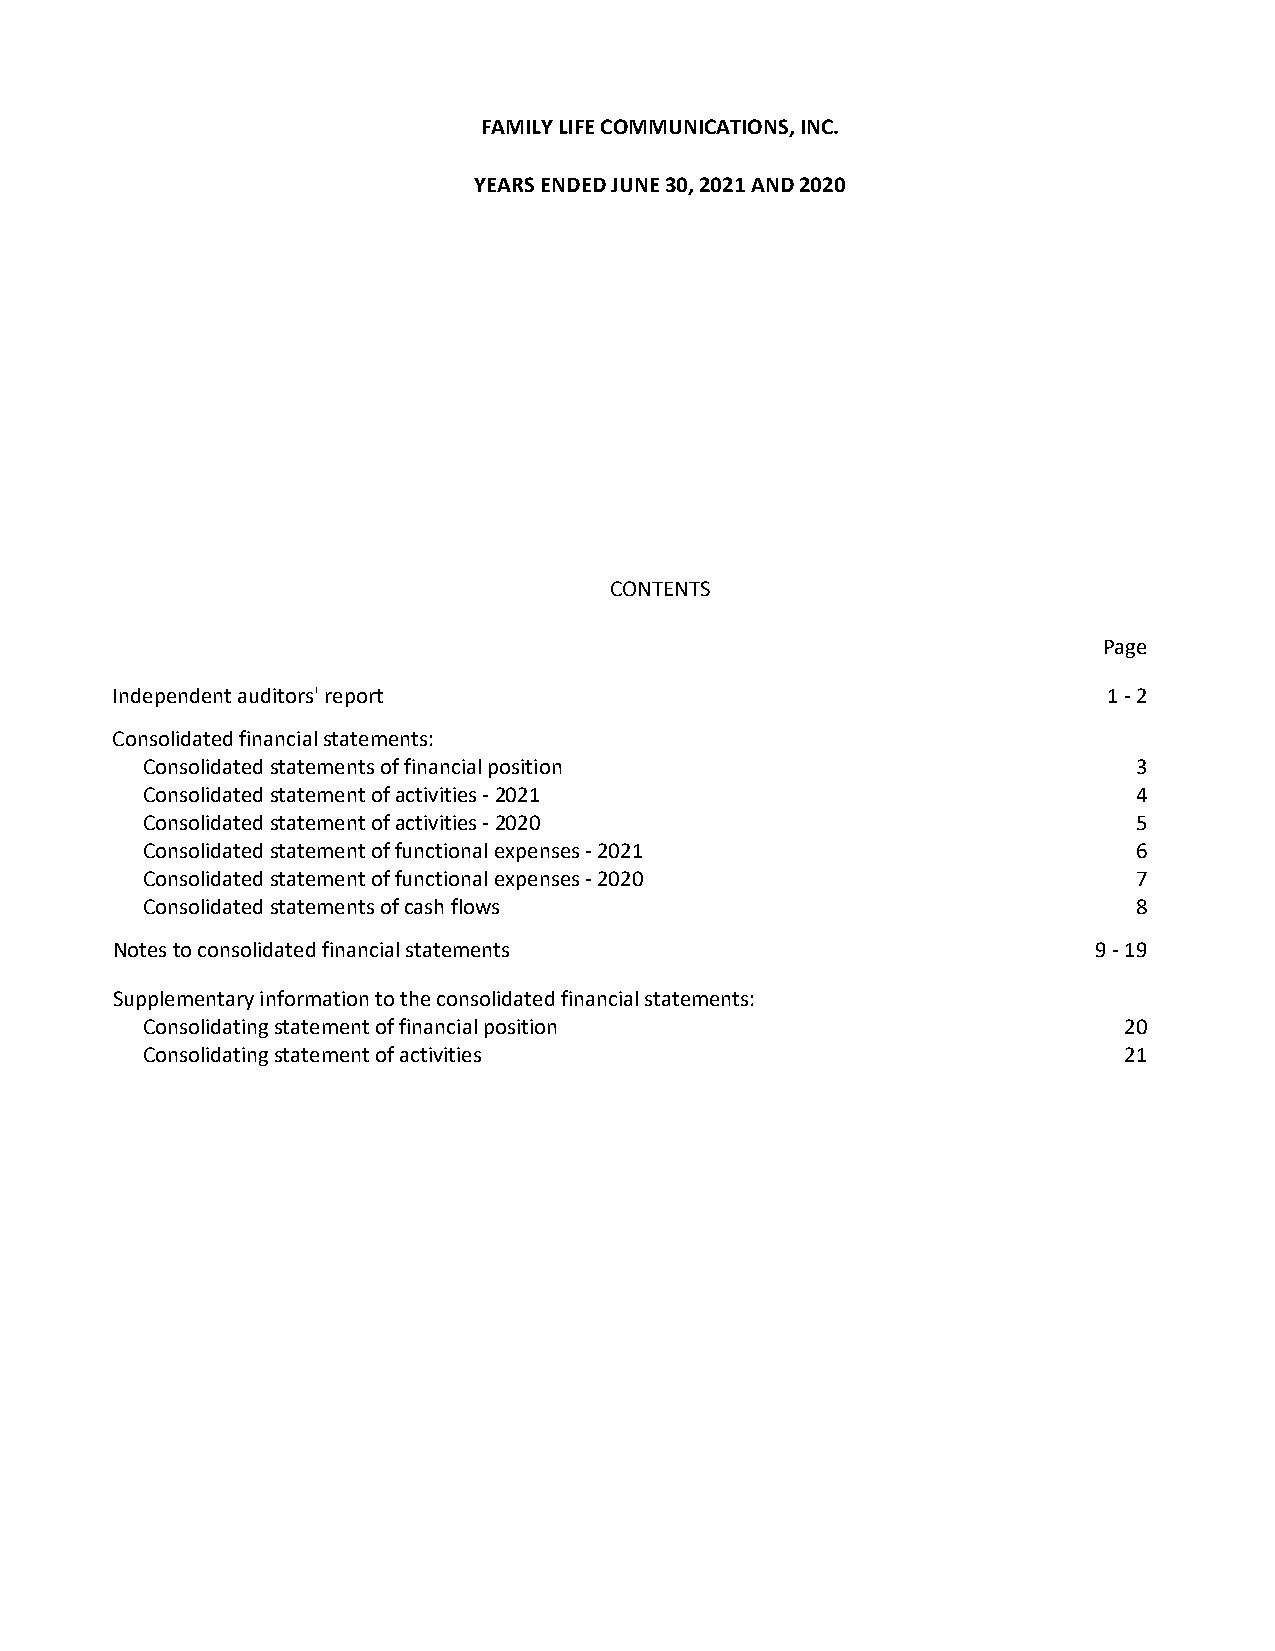
FAMILY LIFE COMMUNICATIONS, INC.
 YEARS ENDED JUNE 30, 2021 AND 2020
 CONTENTS
 Page
 Independent auditors' report                                      1 ‐ 2
 Consolidated financial statements:
 Consolidated statements of financial position                     3
 Consolidated statement of activities ‐ 2021                       4
 Consolidated statement of activities ‐ 2020                       5
 Consolidated statement of functional expenses ‐ 2021              6
 Consolidated statement of functional expenses ‐ 2020              7
 Consolidated statements of cash flows                             8
 Notes to consolidated financial statements                        9 ‐ 19
 Supplementary information to the consolidated financial statements:
 Consolidating statement of financial position                    20
 Consolidating statement of activities                            21